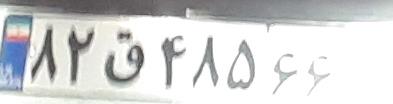
۸۲ق۴۸۵۶۶